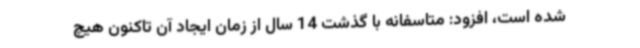
شده است، افزود: متاسفانه با گذشت 14 سال از زمان ایجاد آن تاکنون هیچ